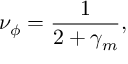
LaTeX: \nu _ { \phi } = \frac { 1 } { 2 + \gamma _ { m } } ,